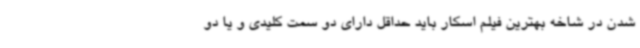
شدن در شاخه بهترین فیلم اسکار باید حداقل دارای دو سمت کلیدی و یا دو